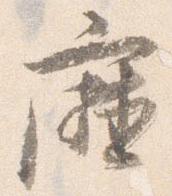
庁